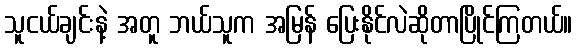
သူငယ်ချင်းနဲ့ အတူ ဘယ်သူက အမြန် ပြေးနိုင်လဲဆိုတာပြိုင်ကြတယ်။